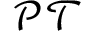
\mathcal { P T }